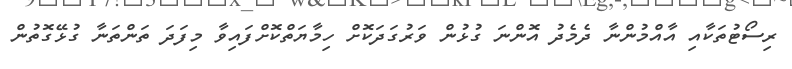
ރިސޯޓުތަކާއި އާއްމުންނާ ދެމެދު އޮންނަ ގުޅުން ވަރުގަދަކޮށް ހިމާޔަތްކޮށްފައިވާ މިފަދަ ތަންތަނާ ގުޅޭގޮތުން